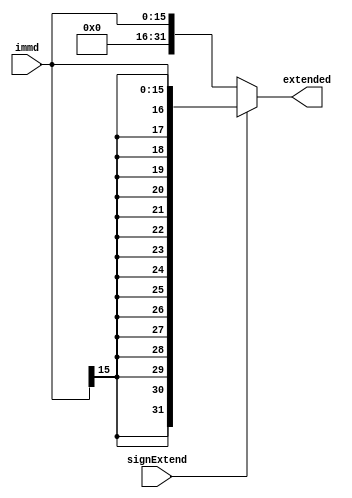

module M_signExtend (
input [15:0] immd,
input signExtend,
output [31:0] extended
);

assign extended = (signExtend == 1) ? ({{16{immd[15]}}, immd}) : ({{16{1'b0}}, immd});
endmodule